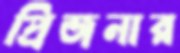
প্রিজনার